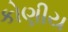
કોણીય